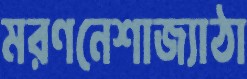
মরণনেশাজ্যাঠা